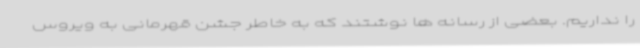
را نداریم. بعضی از رسانه ها نوشتند که به خاطر جشن قهرمانی به ویروس